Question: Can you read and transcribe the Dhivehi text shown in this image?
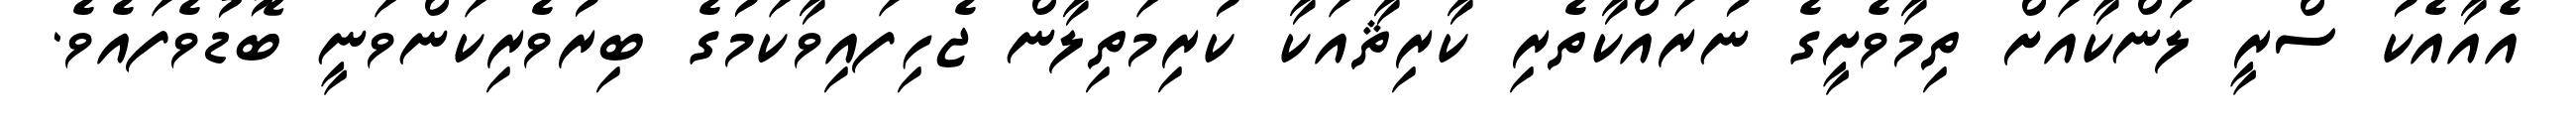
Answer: އެއާއެކު ސްރީ ލަންކާއަށް ތިމާވެށީގެ ނުރައްކާތެރި ކާރިޘާއަކާ ކުރިމަތިލާން ޖެހިފައިވާކަމުގެ ބިރުވެރިކަންވަނީ ބޮޑުވެފައެވެ.